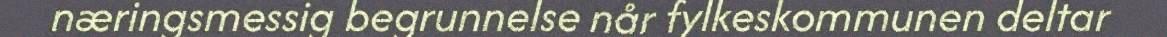
næringsmessig begrunnelse når fylkeskommunen deltar